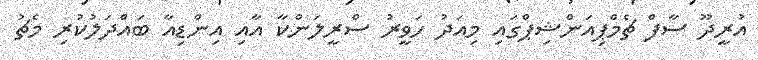
އުރީދޫ ސާފް ޗެމްޕިއަންޝިޕްގައި މިއަދު ހަވީރު ސްރީލަންކާ އާއި އިންޑިއާ ބައްދަލުކުރި މެޗު